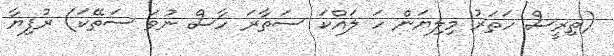
(ތިރީސް ހަތަރު މިލިޔަން ހަ ލައްކަ ސަތާރަ ހާސް ނުވަ ސަތޭކަ) ރުފިޔާ